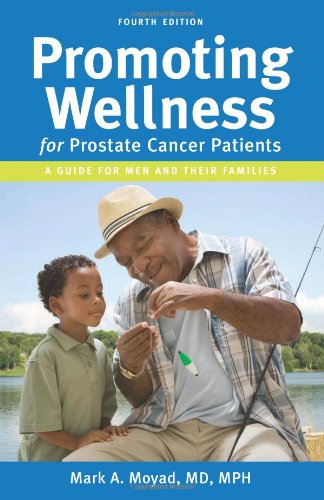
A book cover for PROMOTING WELLNESS for prostate cancer patients; Mark A. Moyad; Health, Fitness & Dieting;